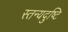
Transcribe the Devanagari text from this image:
स्तन्यदुष्टि